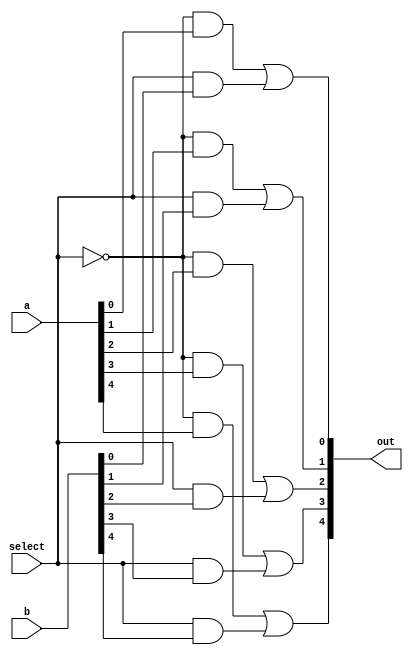

module Bit5MUX (a, b, select, out);

input [5:1] a;
input [5:1] b;
input select;

output [5:1] out;

assign out[1] = ((!select) & a[1]) | ((select) & b[1]);
assign out[2] = ((!select) & a[2]) | ((select) & b[2]);
assign out[3] = ((!select) & a[3]) | ((select) & b[3]);
assign out[4] = ((!select) & a[4]) | ((select) & b[4]);
assign out[5] = ((!select) & a[5]) | ((select) & b[5]);

endmodule